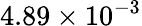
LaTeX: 4.89\times 10^{-3}